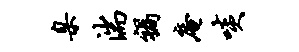
臬湍祸庵啖